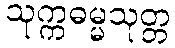
သုက္ကဓမ္မသုတ္တ